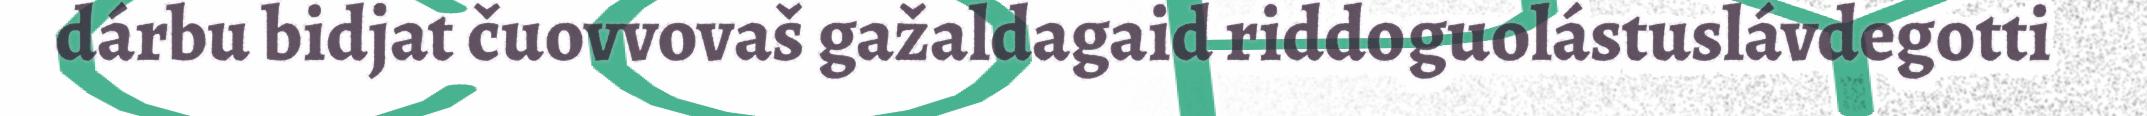
dárbu bidjat čuovvovaš gažaldagaid riddoguolástuslávdegotti